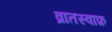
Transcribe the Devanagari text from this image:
व्रातस्वाफ़